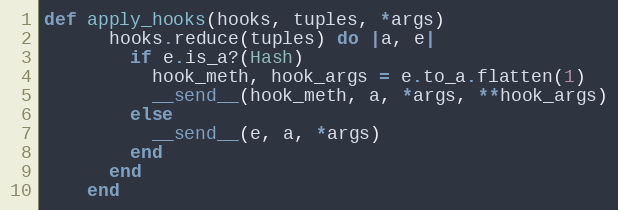
Language: Ruby
def apply_hooks(hooks, tuples, *args)
      hooks.reduce(tuples) do |a, e|
        if e.is_a?(Hash)
          hook_meth, hook_args = e.to_a.flatten(1)
          __send__(hook_meth, a, *args, **hook_args)
        else
          __send__(e, a, *args)
        end
      end
    end